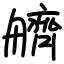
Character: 艩